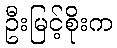
ဦးမြင့်စိုးက